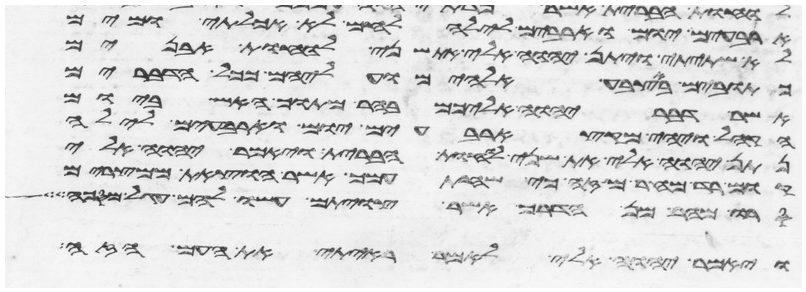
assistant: ארבעים יום וארבעים לילה לחם לא אכלתי ומים
לא שתיתי ויתן יהוה אלי את שני לוחת האבנים
כתובים באצבע אלהים ועליהם ככל הדברים
אשר דבר יהוה אליכם בהר מתוך האש ביום
הקהל ויהי מקץ ארבעים יום וארבעים לילה
נתן יהוה אלי את שני לוחת הברית ויאמר יהוה אלי
קום רד מהר מזה כי שחת עמך אשר הוצאת ממצרים
סרו מהר מן הדרך אשר צויתם עשו להם עגל מסכה
ויאמר יהוה אלי לאמר ראיתי את העם הזה